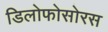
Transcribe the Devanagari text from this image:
डिलोफोसोरस